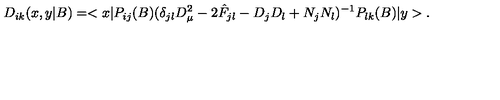
D _ { i k } ( x , y | B ) = < x | P _ { i j } ( B ) ( \delta _ { j l } D _ { \mu } ^ { 2 } - 2 \hat { F } _ { j l } - D _ { j } D _ { l } + N _ { j } N _ { l } ) ^ { - 1 } P _ { l k } ( B ) | y > .